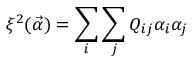
\xi ^ { 2 } ( \vec { \alpha } ) = \sum _ { i } \sum _ { j } Q _ { i j } \alpha _ { i } \alpha _ { j }